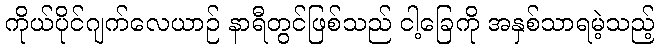
ကိုယ်ပိုင်ဂျက်လေယာဉ် နာရီတွင်ဖြစ်သည် ငါ့ခြေကို အနှစ်သာရမဲ့သည့်